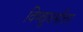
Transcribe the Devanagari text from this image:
विष्णूधर्मोत्तर